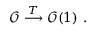
\mathcal { O } \stackrel { T } { \longrightarrow } \mathcal { O } ( 1 ) \ .